Annual report on the working of the Harcourt Butler Institute of Public Health, Rangoon
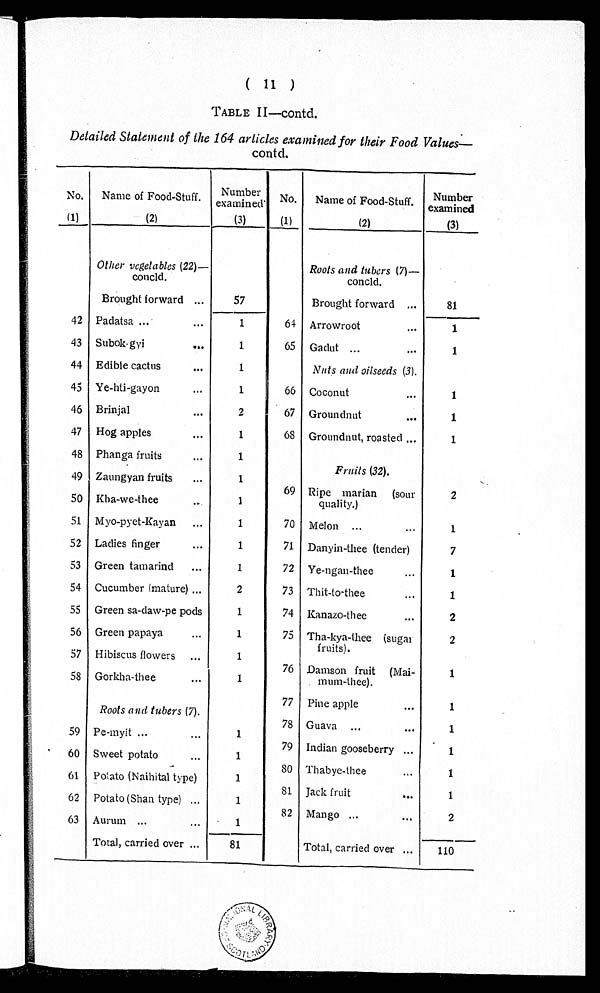
( 11 )
TABLE II—contd.
Detailed Statement of the 164 articles examined for their Food Values—
contd.
No. Name of Food-Stuff.
Number
examined No. Name of Food-Stuff.
Number
examined
(1)
(2)
(3)
(1)
(2)
(3)
Other vegetables (22)—
concld.
Roots and tubers (7)—
concld.
Brought forward
57
Brought forward
81
42 Padatsa
1
64 Arrowroot
1
43 Subok-gyi
1
65 Gadut
1
44 Edible cactus
1
Nuts and oilseeds (3).
45 Ye-hti-gayon
1
66 Coconut
1
46 Brinjal
2
67 Groundnut
1
47 Hog apples
1
68 Groundnut, roasted
1
48 Phanga fruits
1
Fruits (32).
49 Zaungyan fruits
1
69
50 Kba-we-thee
1
Ripe marian (sour
quality.)
2
51 Myo-pyet-Kayan
1
70 Melon
1
52 Ladies finger
1
71 Danyin-thee (tender)
7
53 Green tamarind
1
72 Ye-ngan-thee
1
54 Cucumber (mature)
2
73 Thit-to-thee
1
55 Green sa-daw-pe pods
1
74 Kanazo-thee
2
56 Green papaya
1
7 5
Tha-kya-thee (sugar
fruits).
2
57 Hibiscus flowers
1
76 Damson fruit (Mai-
mum-thee).
1
58 Gorkha-thee
1
Roots and tubers (7).
77 Pine apple
1
78 Guava
1
59 Pe-myit
1
79 Indian gooseberry
1
60 Sweet potato
1
80 Thabye-thee
1
61 Potato (Naihital type)
1
81 Jack fruit
1
62 Potato (Shan type)
1
82 Mango
2
63 Aurum
1
Total, carried over
81
Total, carried over
110